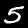
Digit: 5